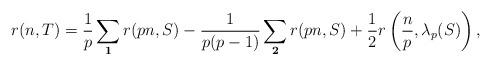
LaTeX: \begin{align*}r(n,T)=\frac1p\sum_{\mathbf 1} r(pn,S) -\frac{1}{p(p-1)}\sum_{\mathbf 2} r(pn,S)+\frac12 r\left(\frac np,\lambda_p(S)\right),\end{align*}